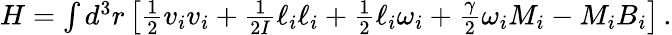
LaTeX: \begin{array}{r}{H=\int d^{3}r\left[\frac{1}{2}v_{i}v_{i}+\frac{1}{2I}\ell_{i}\ell_{i}+\frac{1}{2}\ell_{i}\omega_{i}+\frac{\gamma}{2}\omega_{i}M_{i}-M_{i}B_{i}\right]\, .}\end{array}